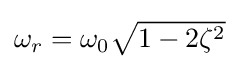
{\textstyle \omega _{r}=\omega _{0}{\sqrt {1-2\zeta ^{2}}}}